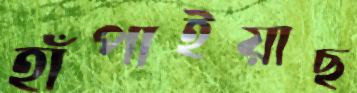
হাঁপাইয়াছ